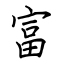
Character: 富